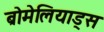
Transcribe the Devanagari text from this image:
ब्रोमेलियाड्स